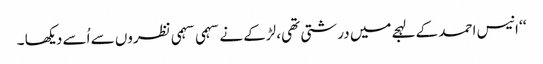
‘‘ انیس احمد کے لہجےمیں درشتی تھی، لڑکے نے سہمی سہمی نظروں سے اُسے دیکھا ۔